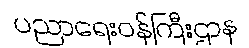
ပညာရေးဝန်ကြီးဌာန